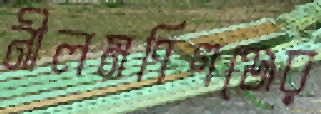
নীলমণিগঞ্জের